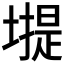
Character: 𡐾